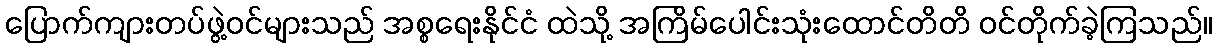
ပြောက်ကျားတပ်ဖွဲ့ဝင်များသည် အစ္စရေးနိုင်ငံ ထဲသို့ အကြိမ်ပေါင်းသုံးထောင်တိတိ ဝင်တိုက်ခဲ့ကြသည်။